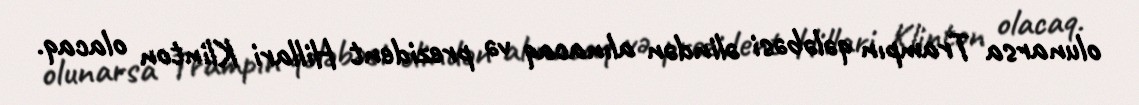
olunarsa Trampın qələbəsi əlindən alınacaq və prezident Hillari Klinton olacaq.